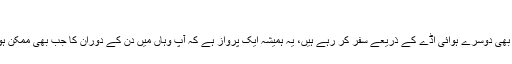
مرحوم پروازوں
اگر آپ کو اسپین ہواٸ اڈے پر یا کسی بھی دوسرے ہوائی اڈے کے ذریعے سفر کر رہے ہیں، یہ ہمیشہ ایک پرواز ہے کہ آپ وہاں میں دن کے دوران کا جب بھی ممکن ہو حاصل ہوگا لینے کے لئے اچھا ہے ۔